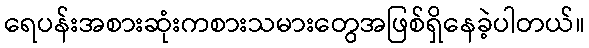
ရေပန်းအစားဆုံးကစားသမားတွေအဖြစ်ရှိနေခဲ့ပါတယ်။